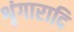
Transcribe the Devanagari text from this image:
शृंगारादि